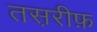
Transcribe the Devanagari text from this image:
तस़रीफ़